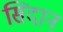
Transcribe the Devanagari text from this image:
सिदान